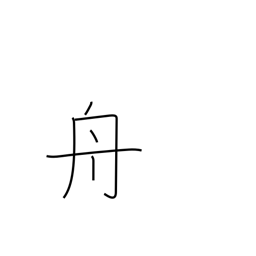
Meaning: boat